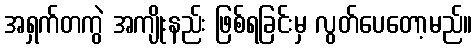
အရှက်တကွဲ အကျိုးနည်း ဖြစ်ရခြင်းမှ လွတ်ပေတော့မည်။